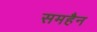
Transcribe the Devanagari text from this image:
समहैन